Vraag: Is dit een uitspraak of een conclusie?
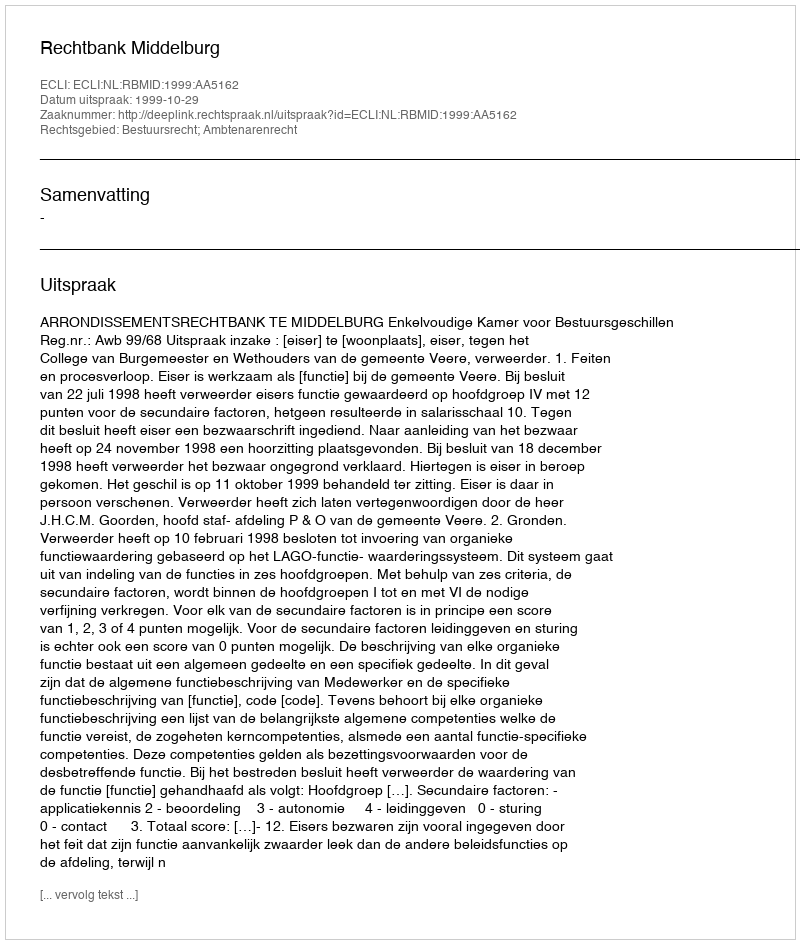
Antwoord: Uitspraak